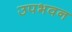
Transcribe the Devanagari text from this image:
उपभवन